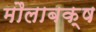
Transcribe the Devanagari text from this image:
मौलाबक्ष